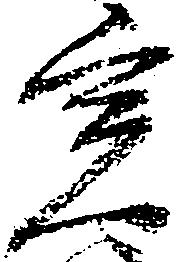
実